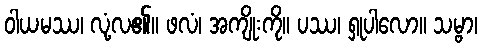
ဝါယမဿ၊ လုံ့လ၏။ ဖလံ၊ အကျိုးကို။ ပဿ၊ ရှုပါလော။ သမ္ဗာ၊